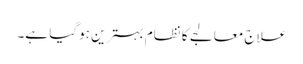
علاج معالجے کا نظام بہترین ہوگیا ہے۔